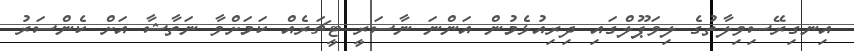
އިނގިރޭސިވިލާތުގެ ލިވަޕޫލްގައި ދިރިއުޅެމުން އަންނަ ނާސަރީ ޓީޗަރެއް ކަމަށްވާ ނަތާޝާ އަށް ކެންސަރު